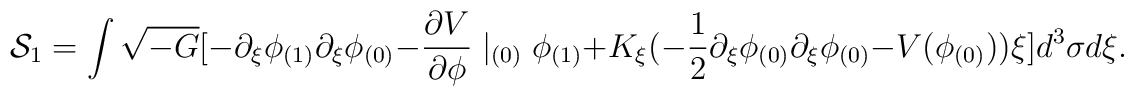
{\cal S}_1=\int\sqrt{-G}[-\partial_\xi\phi_{(1)}\partial_\xi\phi_{(0)}-\frac{\partial V}{\partial\phi}\mid_{(0)}\phi_{(1)}+K_\xi(-\frac{1}{2}\partial_\xi\phi_{(0)}\partial_\xi\phi_{(0)}-V(\phi_{(0)}))\xi]d^3\sigma d\xi.